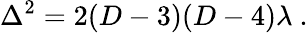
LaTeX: \Delta^{2}=2(D-3)(D-4)\lambda~.